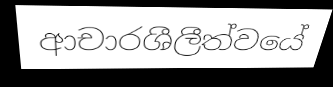
ආචාරශීලීත්වයේ